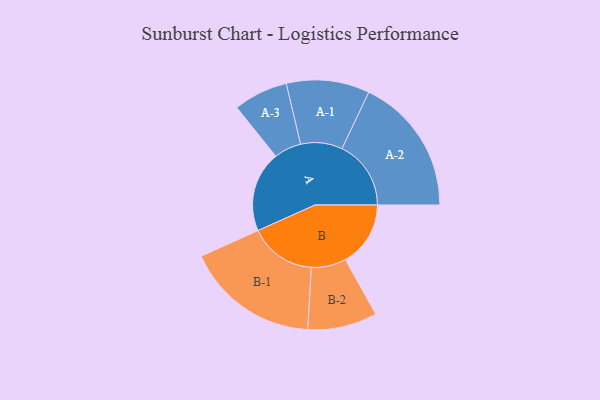
{"axis": {"x": "Segment", "y": "Value"}, "legend": ["", "A", "B"], "data": [{"x": "A", "y": 332, "type": ""}, {"x": "B", "y": 268, "type": ""}, {"x": "A-1", "y": 171, "type": "A"}, {"x": "A-2", "y": 284, "type": "A"}, {"x": "A-3", "y": 112, "type": "A"}, {"x": "B-1", "y": 275, "type": "B"}, {"x": "B-2", "y": 143, "type": "B"}]}